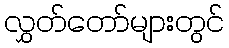
လွှတ်တော်များတွင်